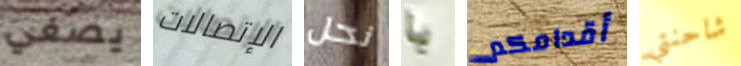
يصغي الإتصالات نحل يا أقدامكم شاحنتي